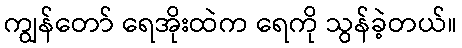
ကျွန်တော် ရေအိုးထဲက ရေကို သွန်ခဲ့တယ်။